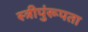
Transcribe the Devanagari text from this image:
स्त्रीपुंरूपता